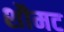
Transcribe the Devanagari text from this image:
शौमट